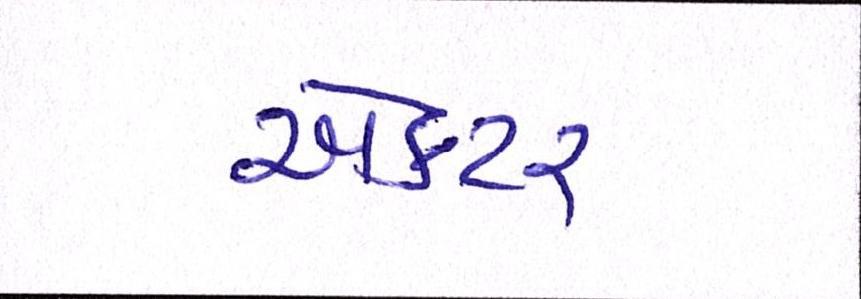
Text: ઍક્ટર